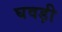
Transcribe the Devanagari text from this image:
घवड़ी